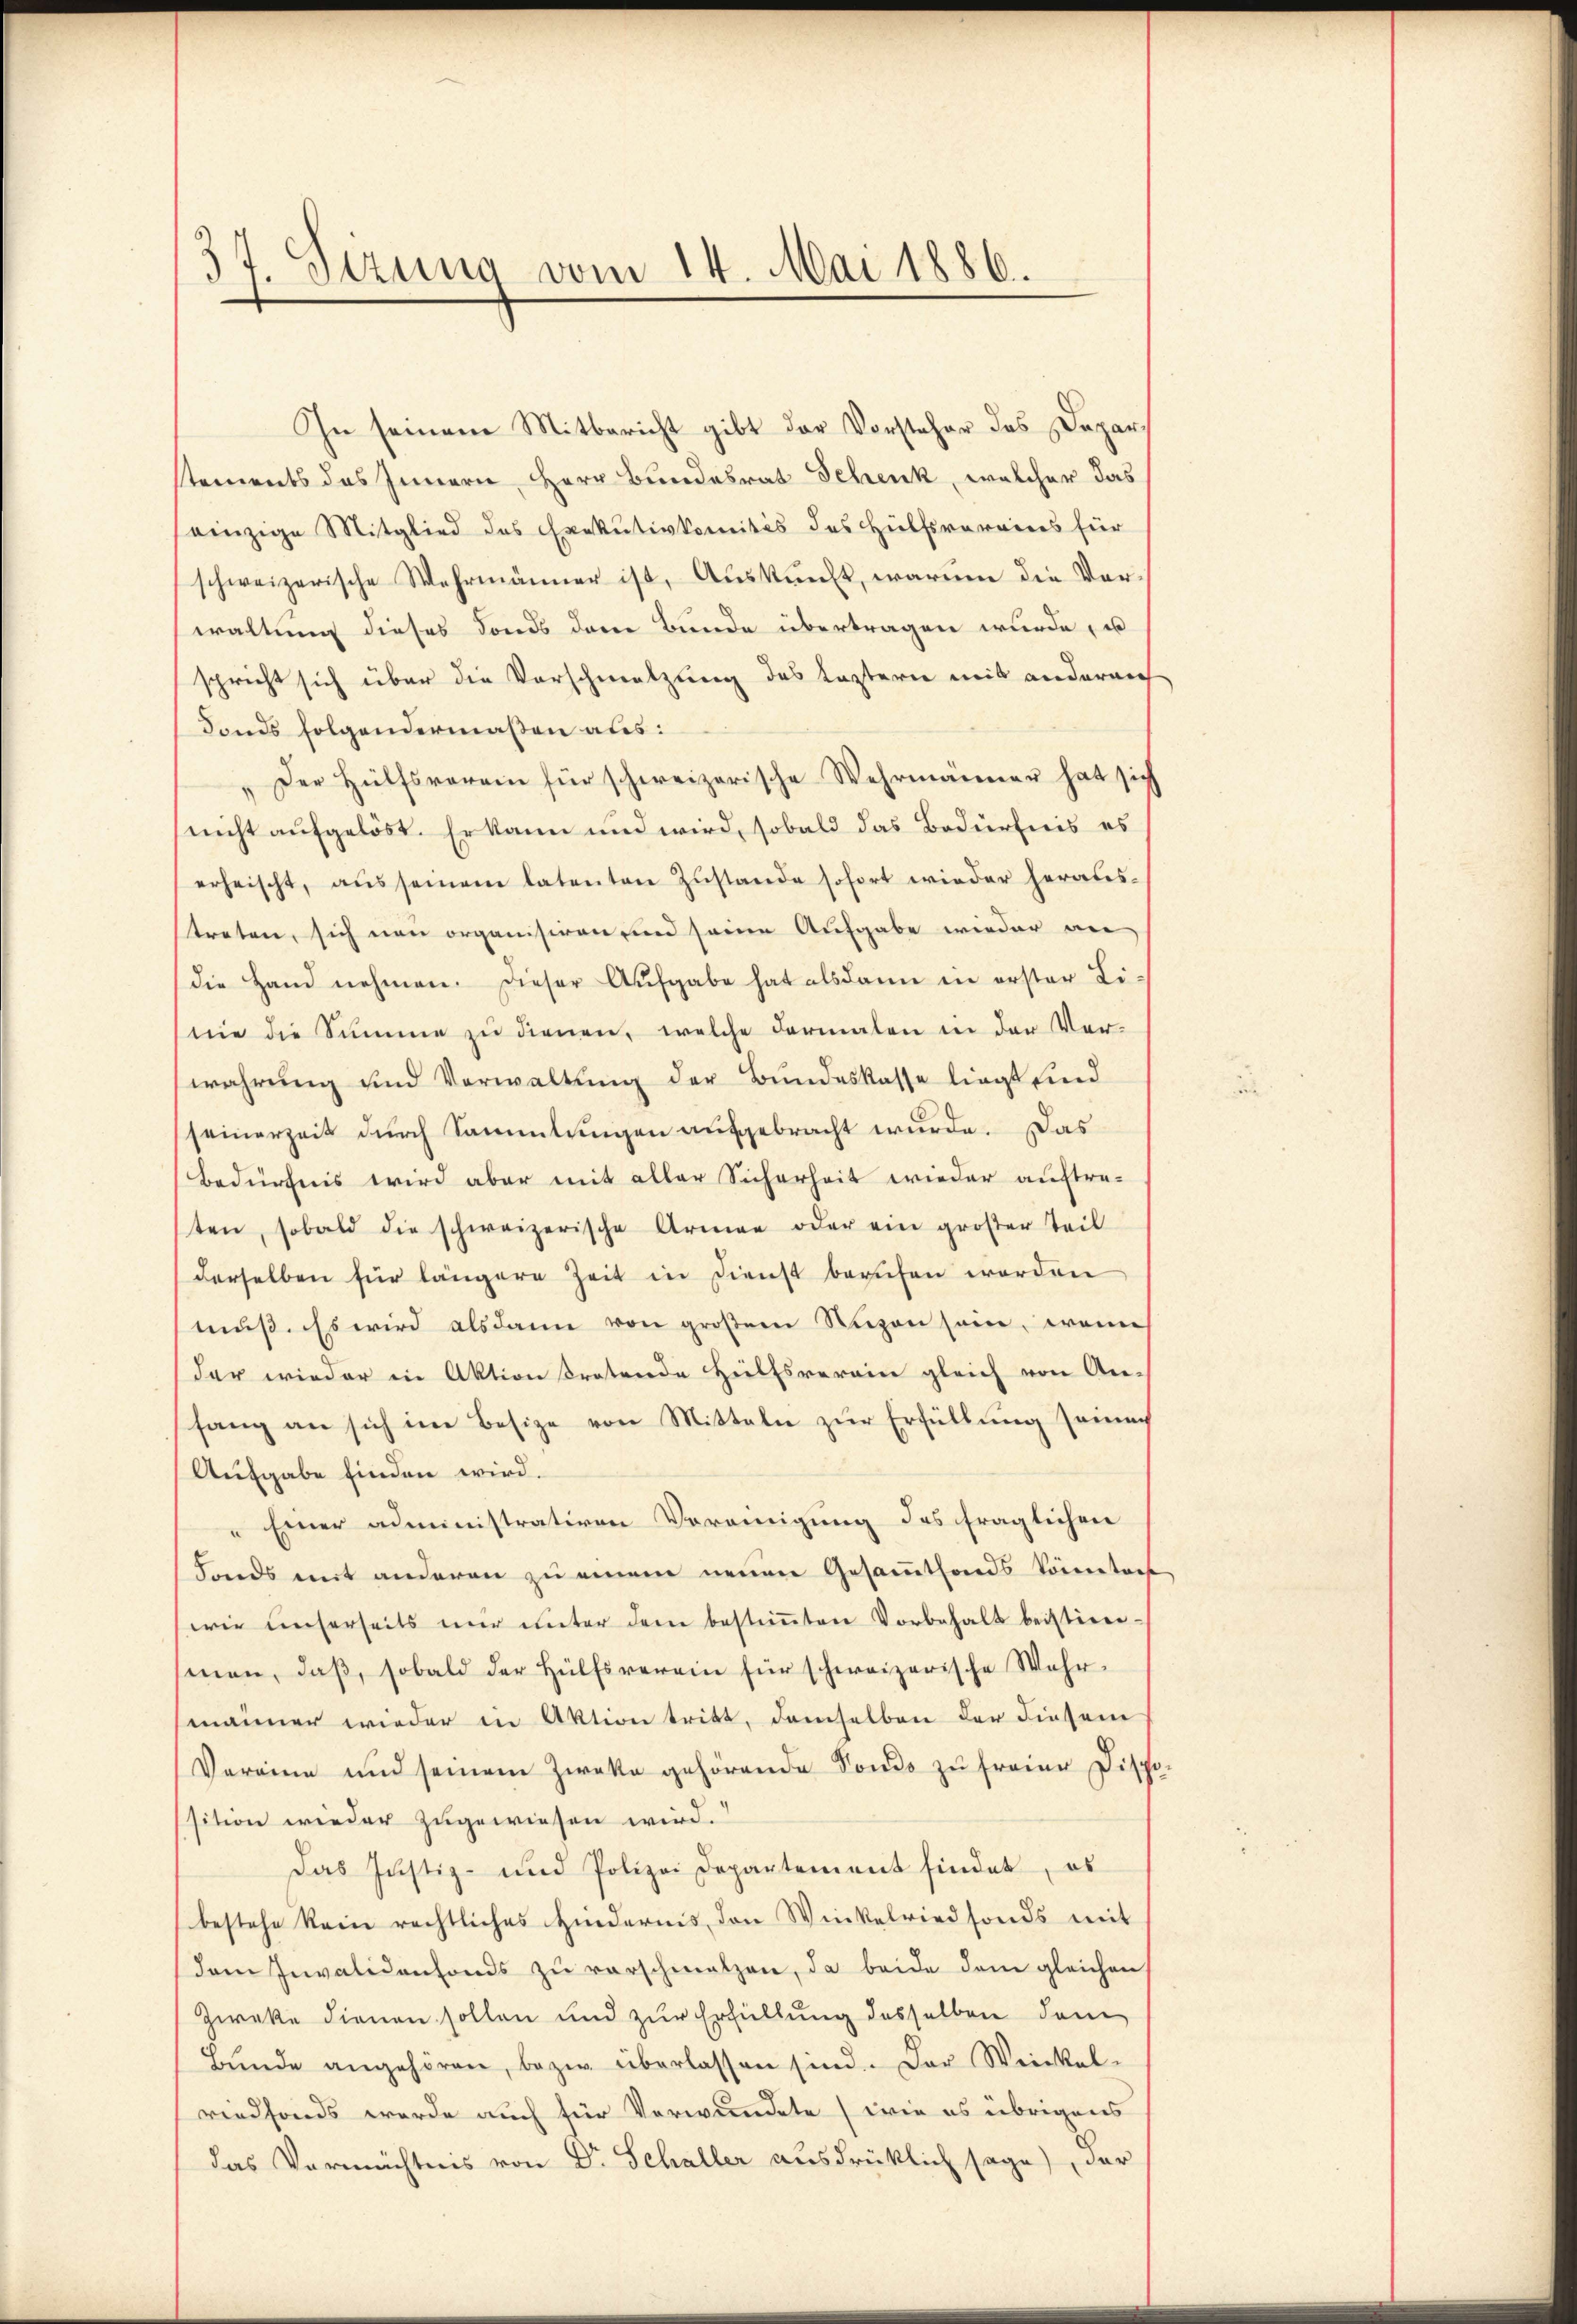
37. Sizung vom 14. Mai 1886.

In seinem Mitbericht gibt der Vorsteher des Depar
stements das Innern, Herr Bundesrat Schenk, welcher das
einzige Mitglied des Exekutivkomités des Hülfsvereines für
schweizerische Wahrmänner ist, Auskunft, warum die Vor-
waltung dieses Fonds dem Bunde übertragen wurde, u
spricht sich über die Vorschmelzung des Kastern mit andernich
Fonds folgendermaßen aus:
"Der Hülfsverein für schweizerische Wehrmänner hat sich
nicht aufgelöst. Er kann und wird, sobald das Bedürfnis es
erheischt, aŭs seinem latenten Zustande sofort wieder heraus-
treten, sich von organisiren sind seine Aufgabe wieder an
die Hand nehmen. Dieser Aufgabe hat alsdann in erster Li-
nie die Summe zu dienen, welche dermalen in der Ver-
wahrung und Verwaltung der Bundeskasse liegt sind
seinerzeit durch Sammlungen aufgebracht wurde. Das
Bedürfnis wird aber mit aller Sicherheit wieder auftreten, sobald die schweizerische Armen oder ein großer Teil
derselben für längere Zeit in Dienst berufen worden
muß. Es wird alsdann von großem Nuzen sein, wenn
der wieder in Aktion tratende Hülfsverein gleich von An-
fang an sich im Besize von Mitteln zur Erfüllung seiner
Aufgabe finden wird.
" Einer administrativen Vereinigung des fraglichen
Fonds mit anderen zu einem neuen Gesammtfonds könnters
wir unserseits mer unter dem bestiṁten Vorbehalt beistiren.
smen, daβ sobald der Hülfsverein für schweizerische Wahr-
männer wieder in Aktion tritt, demselben der diesem
Vereine und seinem Zwecke gehörende Sondo zu freier Dispo-
sition wieder zugewiesen wird.
Das Justiz- und Polizei Departement findet, eb
bestehe kein rechtliches Hindernis den Winkelried fonds mit
dem Invalidenfonds zŭ verschmalzen, da beide dem gleichen
Zweke dienen sollen und zur Erfüllung desselben dem
Bŭnde angehören, bezw. überlassen sind. Der Weinkel-
riedfonds werde auch für Verwundete (wie es übrigens
das Vermächtnis von Dr Schaller ausdrücklich sage, der